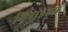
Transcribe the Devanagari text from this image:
मित्रा़डेट्स